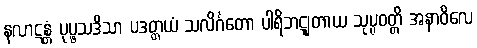
နလာဋန္တံ ပုပ္ဖသဒိသာ ပဒတ္တယံ သလိင်္ဂတော ပါရိဘဋျတာယ သုပ္ပဝတ္တိ အနာဝိလေ